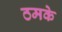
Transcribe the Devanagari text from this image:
ठमके